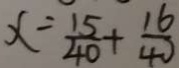
x = \frac { 1 5 } { 4 0 } + \frac { 1 6 } { 4 0 }